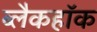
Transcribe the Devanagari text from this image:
ब्लैकहॉक